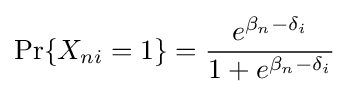
\Pr\{X_{ni}=1\}={\frac {e^{{\beta _{n}}-{\delta _{i}}}}{1+e^{{\beta _{n}}-{\delta _{i}}}}}